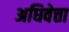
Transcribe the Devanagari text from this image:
अधिवेत्ता